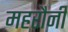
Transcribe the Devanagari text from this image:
महरौनी